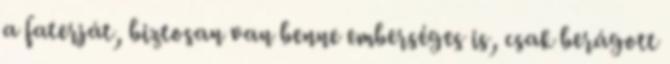
a faterját, biztosan van benne emberséges is, csak berágott